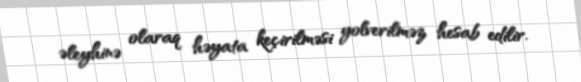
əleyhinə olaraq həyata keçirilməsi yolverilməz hesab edilir.